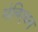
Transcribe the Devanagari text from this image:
मेलिएबल